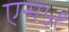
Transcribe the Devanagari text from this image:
एस५१